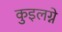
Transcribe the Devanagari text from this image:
कुइलग्ने